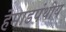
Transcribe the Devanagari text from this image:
हेमाडपंथीय